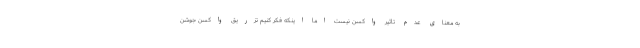
به معنای عدم تاثیر واکسن نیست اما اینکه فکر کنیم تزریق واکسن جوشن